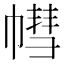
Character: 𢄣